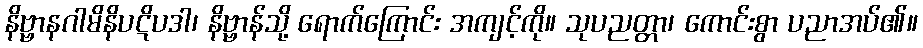
နိဗ္ဗာနဂါမိနိပဋိပဒါ၊ နိဗ္ဗာန်သို့ ရောက်ကြောင်း အကျင့်ကို။ သုပညတ္တာ၊ ကောင်းစွာ ပညာအပ်၏။